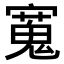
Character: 𫴒